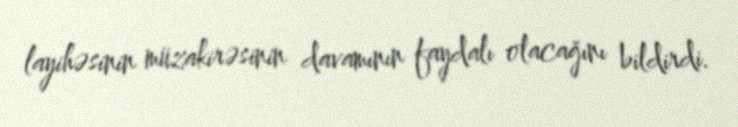
layihəsinin müzakirəsinin davamının faydalı olacağını bildirdi.